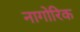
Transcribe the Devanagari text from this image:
नागोरिक